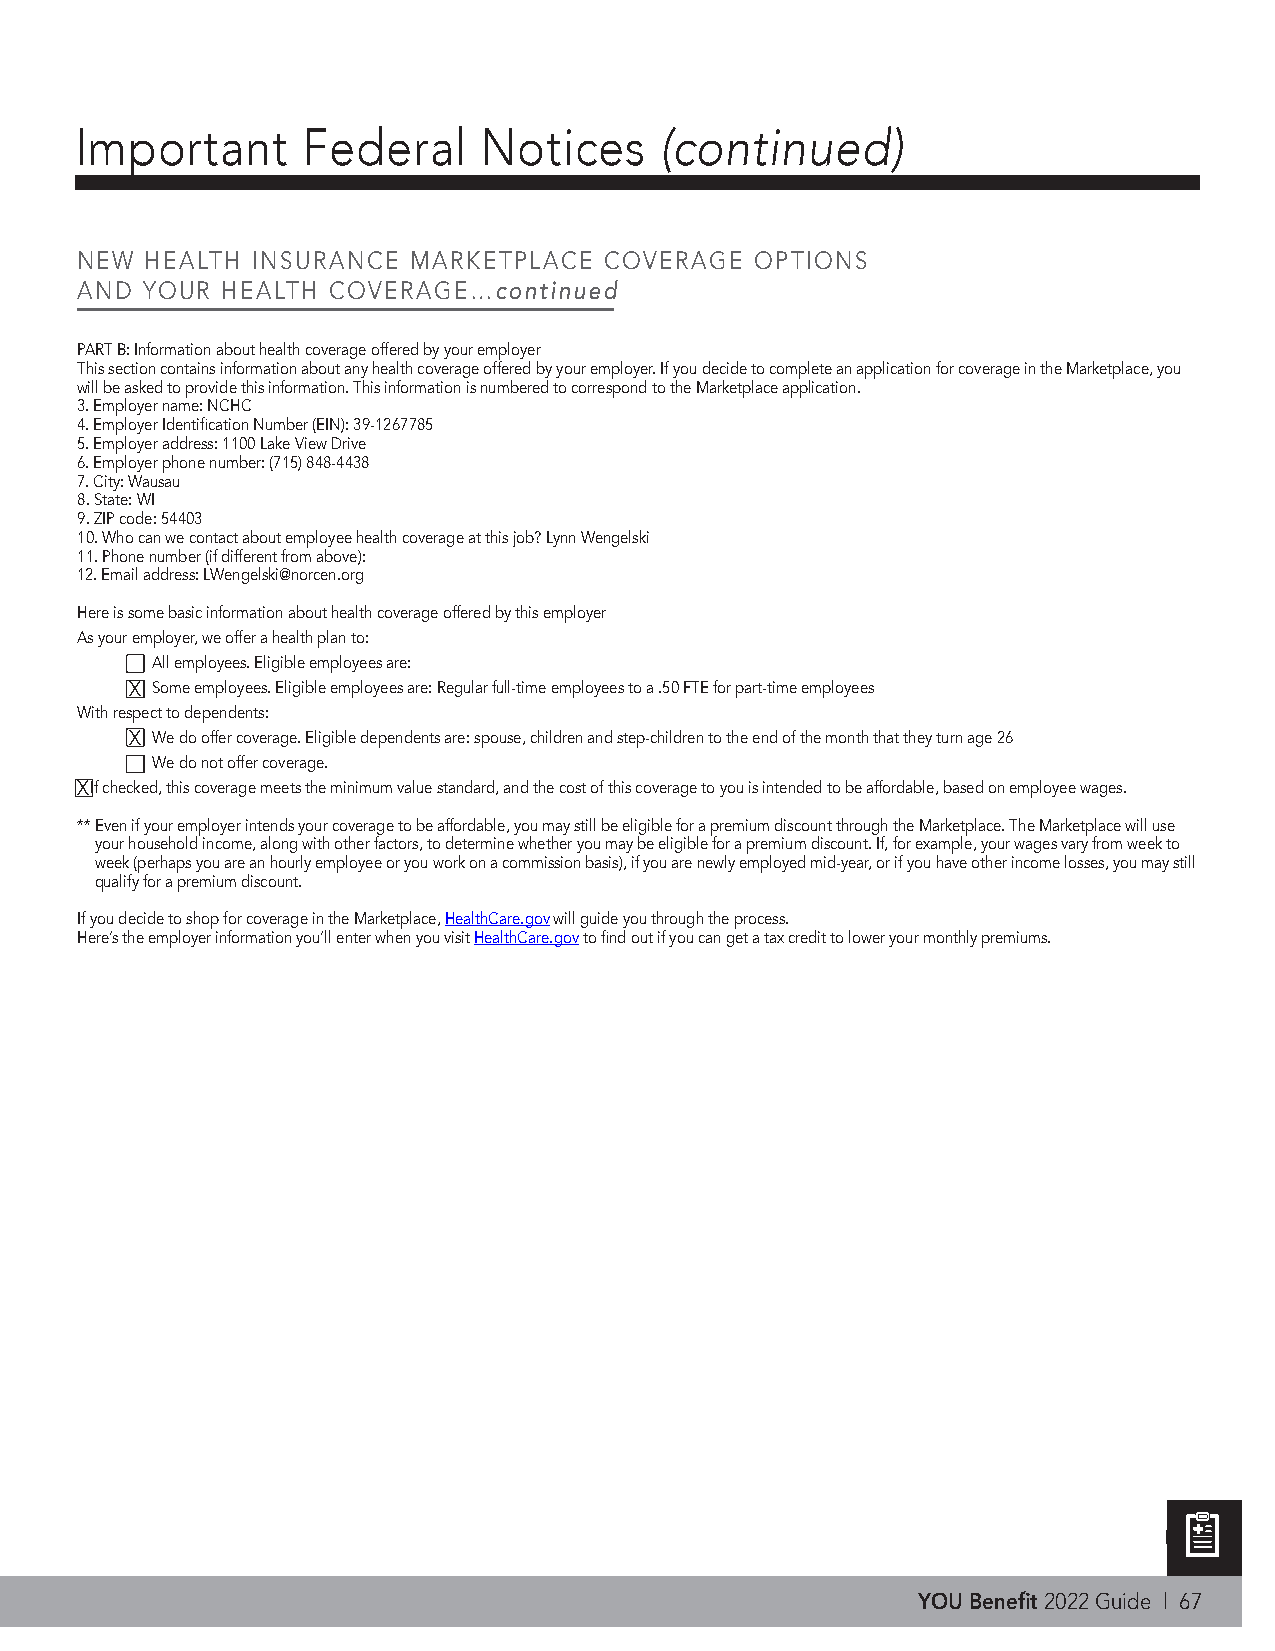
Important      Federal     Notices     (continued)
 NEW  HEALTH INSURANCE MARKETPLACE  COVERAGE  OPTIONS
 AND YOUR  HEALTH COVERAGE…continued
 PART B: Information about health coverage offered by your employer
 This section contains information about any health coverage offered by your employer. If you decide to complete an application for coverage in the Marketplace, you
 will be asked to provide this information. This information is numbered to correspond to the Marketplace application.
 3. Employer name: NCHC
 4. Employer Identification Number (EIN): 39-1267785
 5. Employer address: 1100 Lake View Drive
 6. Employer phone number: (715) 848-4438
 7. City: Wausau
 8. State: WI
 9. ZIP code: 54403
 10. Who can we contact about employee health coverage at this job? Lynn Wengelski
 11. Phone number (if different from above):
 12. Email address: LWengelski@norcen.org
 Here is some basic information about health coverage offered by this employer
 As your employer, we offer a health plan to:
 All employees. Eligible employees are:
 X Some employees. Eligible employees are: Regular full-time employees to a .50 FTE for part-time employees
 With respect to dependents:
 X We do offer coverage. Eligible dependents are: spouse, children and step-children to the end of the month that they turn age 26
 We do not offer coverage.
 X If checked, this coverage meets the minimum value standard, and the cost of this coverage to you is intended to be affordable, based on employee wages.
 ** Even if your employer intends your coverage to be affordable, you may still be eligible for a premium discount through the Marketplace. The Marketplace will use
 your household income, along with other factors, to determine whether you may be eligible for a premium discount. If, for example, your wages vary from week to
 week (perhaps you are an hourly employee or you work on a commission basis), if you are newly employed mid-year, or if you have other income losses, you may still
 qualify for a premium discount.
 If you decide to shop for coverage in the Marketplace, HealthCare.gov will guide you through the process.
 Here’s the employer information you’ll enter when you visit HealthCare.gov to find out if you can get a tax credit to lower your monthly premiums.
 YOU Benefit 2022 Guide | 67